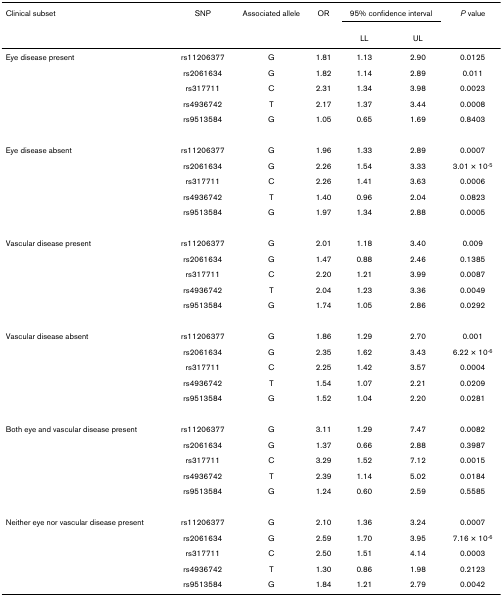
<table><thead><tr><td><b>Clinical subset</b></td><td><b>SNP</b></td><td><b>Associated allele</b></td><td><b>OR</b></td><td colspan="2"><b>95% confidence interval</b></td><td><b><i>P </i>value</b></td></tr><tr><td></td><td></td><td></td><td></td><td><b>LL</b></td><td><b>UL</b></td><td></td></tr></thead><tbody><tr><td>Eye disease present</td><td>rs11206377</td><td>G</td><td>1.81</td><td>1.13</td><td>2.90</td><td>0.0125</td></tr><tr><td></td><td>rs2061634</td><td>G</td><td>1.82</td><td>1.14</td><td>2.89</td><td>0.011</td></tr><tr><td></td><td>rs317711</td><td>C</td><td>2.31</td><td>1.34</td><td>3.98</td><td>0.0023</td></tr><tr><td></td><td>rs4936742</td><td>T</td><td>2.17</td><td>1.37</td><td>3.44</td><td>0.0008</td></tr><tr><td></td><td>rs9513584</td><td>G</td><td>1.05</td><td>0.65</td><td>1.69</td><td>0.8403</td></tr><tr><td>Eye disease absent</td><td>rs11206377</td><td>G</td><td>1.96</td><td>1.33</td><td>2.89</td><td>0.0007</td></tr><tr><td></td><td>rs2061634</td><td>G</td><td>2.26</td><td>1.54</td><td>3.33</td><td>3.01 × 10<sup>-5</sup></td></tr><tr><td></td><td>rs317711</td><td>C</td><td>2.26</td><td>1.41</td><td>3.63</td><td>0.0006</td></tr><tr><td></td><td>rs4936742</td><td>T</td><td>1.40</td><td>0.96</td><td>2.04</td><td>0.0823</td></tr><tr><td></td><td>rs9513584</td><td>G</td><td>1.97</td><td>1.34</td><td>2.88</td><td>0.0005</td></tr><tr><td>Vascular disease present</td><td>rs11206377</td><td>G</td><td>2.01</td><td>1.18</td><td>3.40</td><td>0.009</td></tr><tr><td></td><td>rs2061634</td><td>G</td><td>1.47</td><td>0.88</td><td>2.46</td><td>0.1385</td></tr><tr><td></td><td>rs317711</td><td>C</td><td>2.20</td><td>1.21</td><td>3.99</td><td>0.0087</td></tr><tr><td></td><td>rs4936742</td><td>T</td><td>2.04</td><td>1.23</td><td>3.36</td><td>0.0049</td></tr><tr><td></td><td>rs9513584</td><td>G</td><td>1.74</td><td>1.05</td><td>2.86</td><td>0.0292</td></tr><tr><td>Vascular disease absent</td><td>rs11206377</td><td>G</td><td>1.86</td><td>1.29</td><td>2.70</td><td>0.001</td></tr><tr><td></td><td>rs2061634</td><td>G</td><td>2.35</td><td>1.62</td><td>3.43</td><td>6.22 × 10<sup>-6</sup></td></tr><tr><td></td><td>rs317711</td><td>C</td><td>2.25</td><td>1.42</td><td>3.57</td><td>0.0004</td></tr><tr><td></td><td>rs4936742</td><td>T</td><td>1.54</td><td>1.07</td><td>2.21</td><td>0.0209</td></tr><tr><td></td><td>rs9513584</td><td>G</td><td>1.52</td><td>1.04</td><td>2.20</td><td>0.0281</td></tr><tr><td>Both eye and vascular disease present</td><td>rs11206377</td><td>G</td><td>3.11</td><td>1.29</td><td>7.47</td><td>0.0082</td></tr><tr><td></td><td>rs2061634</td><td>G</td><td>1.37</td><td>0.66</td><td>2.88</td><td>0.3987</td></tr><tr><td></td><td>rs317711</td><td>C</td><td>3.29</td><td>1.52</td><td>7.12</td><td>0.0015</td></tr><tr><td></td><td>rs4936742</td><td>T</td><td>2.39</td><td>1.14</td><td>5.02</td><td>0.0184</td></tr><tr><td></td><td>rs9513584</td><td>G</td><td>1.24</td><td>0.60</td><td>2.59</td><td>0.5585</td></tr><tr><td>Neither eye nor vascular disease present</td><td>rs11206377</td><td>G</td><td>2.10</td><td>1.36</td><td>3.24</td><td>0.0007</td></tr><tr><td></td><td>rs2061634</td><td>G</td><td>2.59</td><td>1.70</td><td>3.95</td><td>7.16 × 10<sup>-6</sup></td></tr><tr><td></td><td>rs317711</td><td>C</td><td>2.50</td><td>1.51</td><td>4.14</td><td>0.0003</td></tr><tr><td></td><td>rs4936742</td><td>T</td><td>1.30</td><td>0.86</td><td>1.98</td><td>0.2123</td></tr><tr><td></td><td>rs9513584</td><td>G</td><td>1.84</td><td>1.21</td><td>2.79</td><td>0.0042</td></tr></tbody></table>